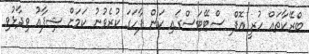
ބްރޭކާތައް ހުރީ އޮފް ސްޓޭޓަސްގައި ކަން ފާހަގަ ކުރެވުނު ކަމަށް ޝިފާއު ވިދާޅުވި